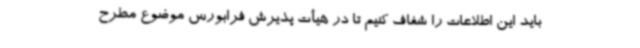
باید این اطلاعات را شفاف کنیم تا در هیأت پذیرش فرابورس موضوع مطرح